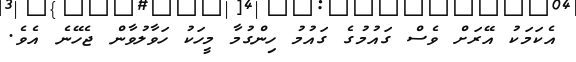
އެކަމަކު އޭރަށް ވެސް ގައުމުގެ ގައުމު ހިންގުމާ މީހަކު ހަވާލުވާން ޖެހޭނެ އެވެ.